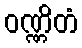
ဝဏ္ဏိတံ